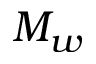
M _ { w }